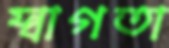
স্বাগতা